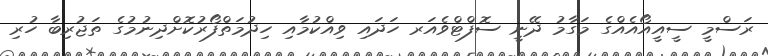
ރަސްމީ ސީއީއޯއެއްގެ މަގާމު ދޭނީ ސޮފްޓްވެއަރ ހަދައި ވިއްކުމާއި ހިދުމަތްފޯރުކޮށްދިނުމުގެ ތަޖުރިބާ ހުރި